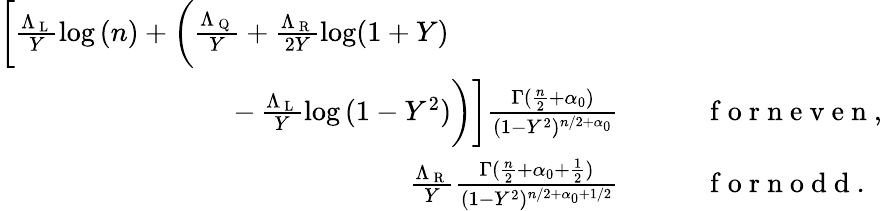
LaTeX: \begin{array}{rl}{\bigg[\frac{\Lambda_{\mathrm{~L~}}}{Y}\log{(n)}+\bigg(\frac{\Lambda_{\mathrm{~Q~}}}{Y}+\frac{\Lambda_{\mathrm{~R~}}}{2Y}\log(1+Y)\qquad\qquad\qquad}&{{}}\\ {-\, \frac{\Lambda_{\mathrm{~L~}}}{Y}\log{(1-Y^{2})}\bigg)\bigg]\frac{\Gamma(\frac{n}{2}+\alpha_{0})}{(1-Y^{2})^{n/2+\alpha_{0}}}}&{{}\qquad\mathrm{~f~o~r~n~e~v~e~n~},}\\ {\frac{\Lambda_{\mathrm{~R~}}}{Y}\frac{\Gamma(\frac{n}{2}+{\alpha_{0}+\frac{1}{2}})}{(1-Y^{2})^{n/2+{\alpha_{0}+1/2}}}}&{{}\qquad\mathrm{~f~o~r~n~o~d~d~}.}\end{array}